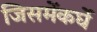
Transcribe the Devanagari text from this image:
जिसमेंकर्घे